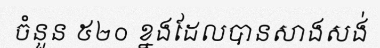
ចំនួន ៥២០ ខ្នងដែលបានសាងសង់